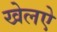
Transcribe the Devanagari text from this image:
खेलऐ